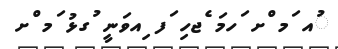
ުއ ަމ ްށ ަހމަ ެޖހި ަފ ިއވަނީ ުގޅު ަމ ްށ